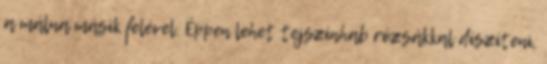
a málna másik felével. Éppen lehet tejszínhab rózsákkal díszíteni,